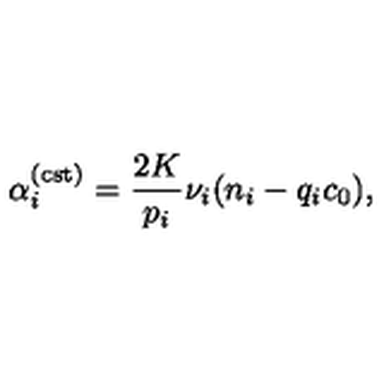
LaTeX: \alpha _ { i } ^ { ( \mathrm { c s t } ) } = \frac { 2 K } { p _ { i } } \nu _ { i } ( n _ { i } - q _ { i } c _ { 0 } ) ,